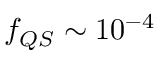
f _ { Q S } \sim 1 0 ^ { - 4 }